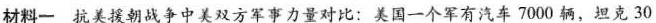
材料一抗美援朝战争中美双方军事力量对比：美国一个军有汽车7000辆，坦克30